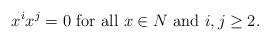
LaTeX: \begin{align*}x^ix^j=0 \mbox{ for all } x\in N \mbox{ and } i,j\geq 2.\end{align*}